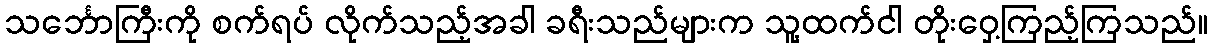
သင်္ဘောကြီးကို စက်ရပ် လိုက်သည့်အခါ ခရီးသည်များက သူ့ထက်ငါ တိုးဝှေ့ကြည့်ကြသည်။